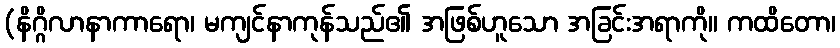
(နိဂ္ဂိလာနာကာရော၊ မကျင်နာကုန်သည်၏ အဖြစ်ဟူသော အခြင်းအရာကို။ ကထိတော၊